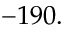
- 1 9 0 .